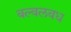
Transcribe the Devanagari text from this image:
बल्वलवध